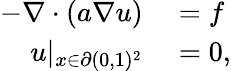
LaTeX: \begin{array}{rl}{-\nabla\cdot(a\nabla u)}&{{}=f}\\ {u|_{x\in\partial(0,1)^{2}}}&{{}=0,}\end{array}